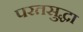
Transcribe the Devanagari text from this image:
परतसुद्धा